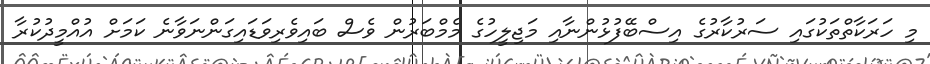
މި ހަރަކާތްތަކުގައި ސަރުކާރުގެ އިސްބޭފުޅުންނާއި މަޖިލީހުގެ މެމްބަރުން ވެސް ބައިވެރިވަޑައިގަންނަވާނެ ކަމަށް އުއްމީދުކުރާ